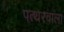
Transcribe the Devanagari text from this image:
पत्थरवाला